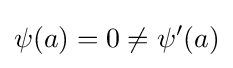
\psi (a)=0\neq \psi '(a)